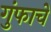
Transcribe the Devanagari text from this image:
गुंफाचे